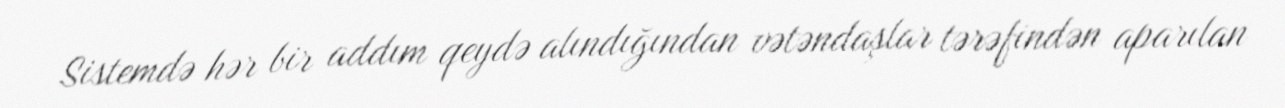
Sistemdə hər bir addım qeydə alındığından vətəndaşlar tərəfindən aparılan